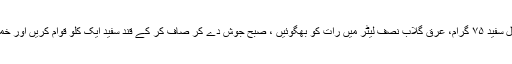
برادہ صندل سفید ۷۵ گرام، عرقِ گلاب نصف لیٹر میں رات کو بھگوئیں ، صبح جوش دے کر صاف کر کے قند سفید ایک کلو قوام کریں اور خمیرہ بنائیں۔